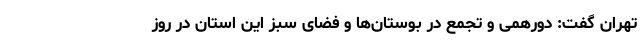
تهران گفت: دورهمی و تجمع در بوستان‌ها و فضای سبز این استان در روز